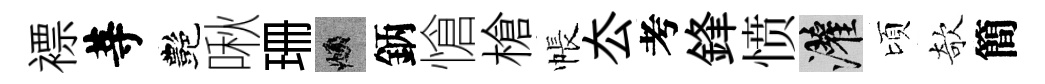
褾䓁艷啾珊頫鈵愴槍帳厺考鋒愤灌頃欹簡